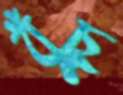
বুঁচু